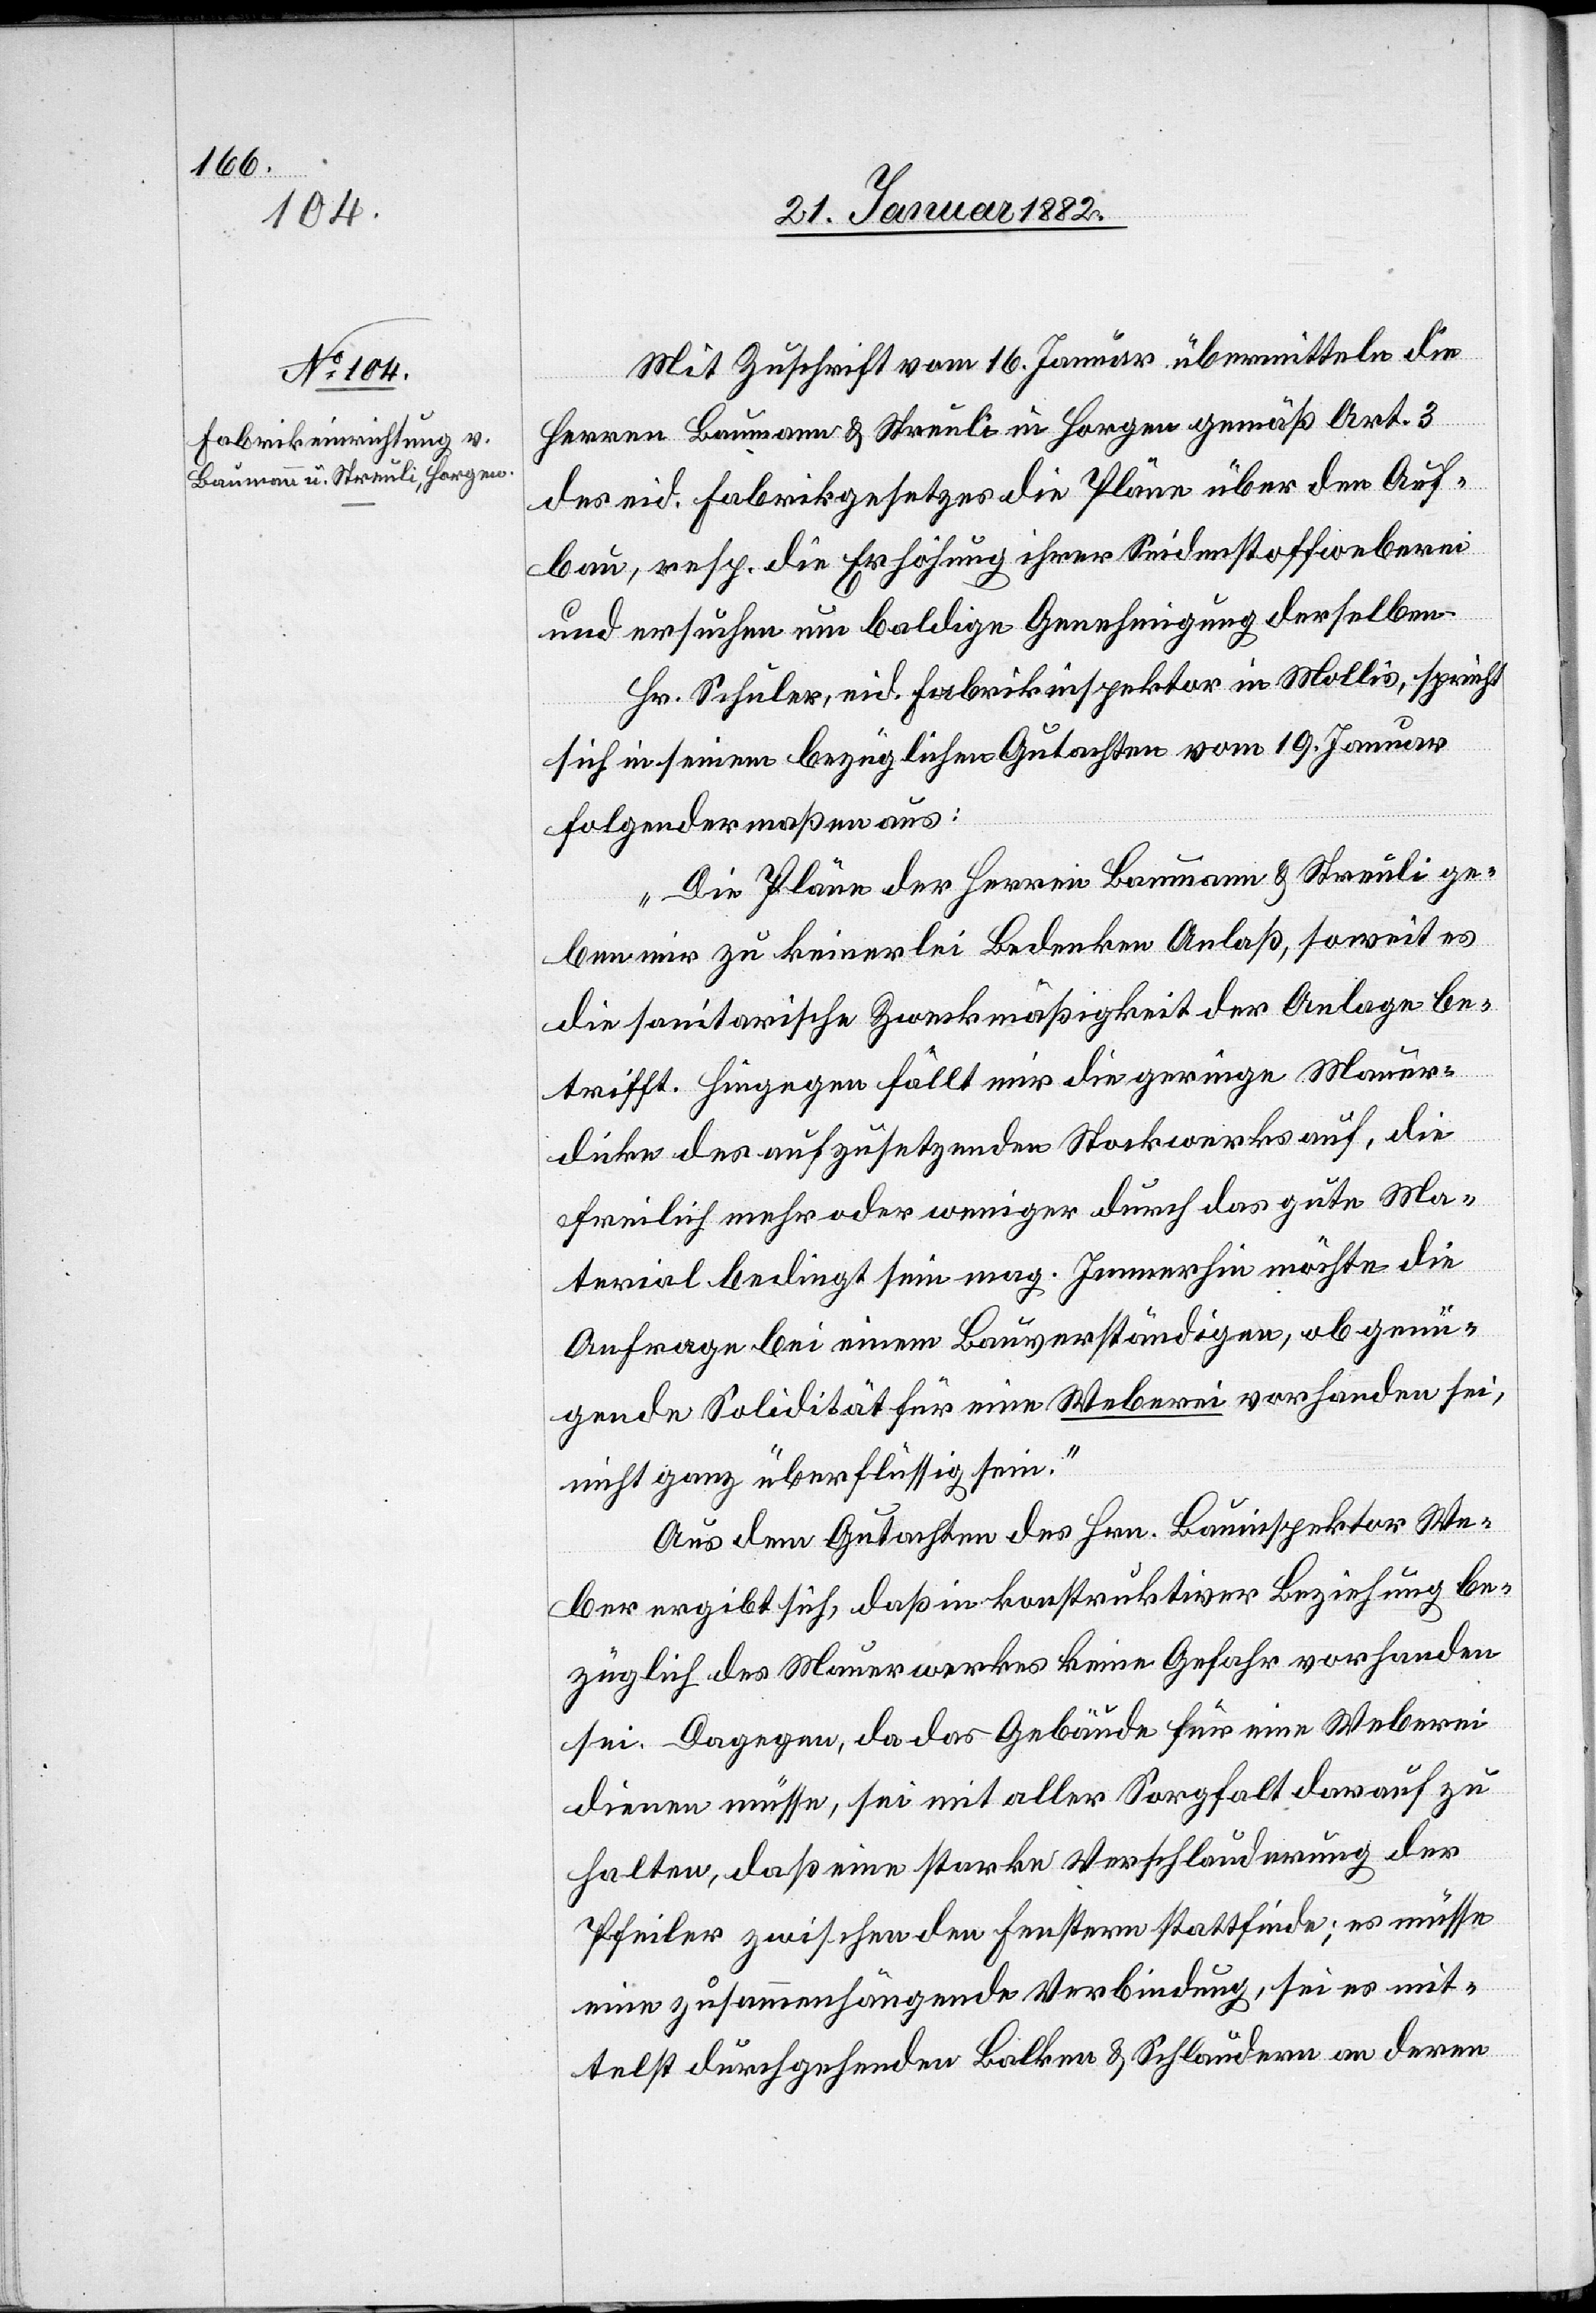
Mit Zuschrift vom 16 Januar übermitteln die
Herren Baumann & Streuli in Horgen gemäß Art. 3
des eid. Fabrikgesetzes die Pläne über den Auf¬
bau, resp. die Erhöhung ihrer Seidenstoffweberei
und ersuchen um baldige Genehmigung derselben.
Hr. Schuler, eid. Fabrikinspektor in Mollis, spricht
sich in seinem bezüglichen Gutachten vom 19 Januar
folgendermaßen aus:
„Die Pläne der Herren Baumann & Streuli ge¬
ben zu keinerlei Bedenken Anlaß, soweit es
die sanitarische Zweckmäßigkeit der Anlage be¬
trifft. Hingegen fällt mir die geringe Mauer¬
dicke des aufzusetzenden Stockwerkes auf, die
freilich mehr oder weniger durch das gute Ma¬
terial bedingt sein mag. Immerhin möchte die
Anfrage bei einem Bauverständigen, ob genü¬
gende Solidität für eine Weberei vorhanden sei,
nicht ganz überflüssig sein.“
Aus dem Gutachten des Hrn. Bauinspektor We¬
ber ergibt sich, daß in konstruktiver Beziehung be¬
züglich des Mauerwerkes keine Gefahr vorhanden
sei. Dagegen, da das Gebäude für eine Weberei
dienen müsse, sei mit aller Sorgfalt darauf zu
halten, daß eine starke Verschlauderung der
Pfeiler zwischen den Fenstern stattfinde; es müsse
eine zusammenhängende Verbindung, sei es mit¬
telst durchgehenden Balken & Schlaudern an deren